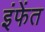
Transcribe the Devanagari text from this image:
इंफेंत